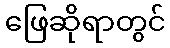
ဖြေဆိုရာတွင်